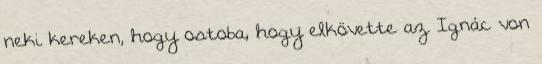
neki kereken, hogy ostoba, hogy elkövette az Ignác von